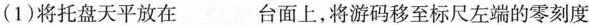
(1)将托盘天平放在___台面上，将游码移至标尺左端的零刻度